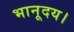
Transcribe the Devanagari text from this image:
भानूदय।